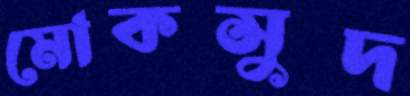
মোকসুদ